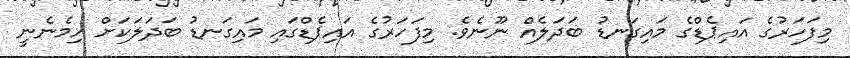
މިފަހަރުގެ އައިޕެޑްގެ މައިގަނޑު ބަދަލެއް ނޫނެވެ. މިފަހަރުގެ އައިޕެޑްގައި މައިގަނޑު ބަދަލަކަށް ހިމެނެނީ